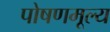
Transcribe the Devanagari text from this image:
पोषणमूल्य